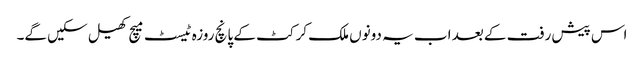
اس پیش رفت کے بعد اب یہ دونوں ملک کرکٹ کے پانچ روزہ ٹیسٹ میچ کھیل سکیں گے۔